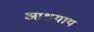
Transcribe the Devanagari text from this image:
आश्रयाय